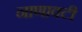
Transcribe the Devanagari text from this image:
नाणावटी